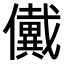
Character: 𠑀